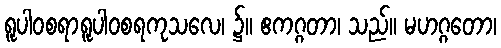
ရူပါဝစရာရူပါဝစရကုသလေ၊ ၌။ ဧကဂ္ဂတာ၊ သည်။ မဟဂ္ဂတော၊